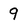
Character: 9